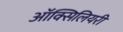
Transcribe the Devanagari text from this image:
ऑक्सिलियरी